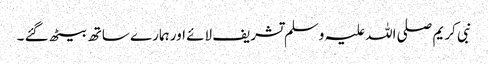
نبی کریم صلی اللہ علیہ وسلم تشریف لائے اور ہمارے ساتھ بیٹھ گئے ۔